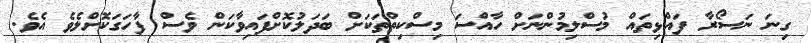
ގިނަ ނަސޯރާ ފައްޅިތައް މުސްލިމުންނަށް ހާއްސަ މިސްކިތްތަކަށް ބަދަލުކޮށްފައިވާކަން ވެސް ފާހަގަކޮށްލެވެ އެވެ.